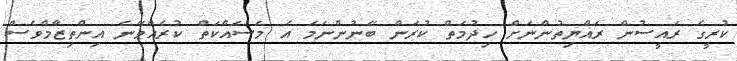
ކުރީގެ ރައީސުން ރައްޔިތުންނަށް ހިދުމަތް ކުރަން ބޭނުންނަމަ އެ މަސަައްކަތް ކުރެއްވޭނެ އިންތިޒާމްވެސް